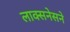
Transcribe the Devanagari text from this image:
लाक्सनेसने